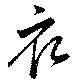
衣